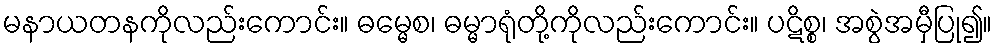
မနာယတနကိုလည်းကောင်း။ ဓမ္မေစ၊ ဓမ္မာရုံတို့ကိုလည်းကောင်း။ ပဋိစ္စ၊ အစွဲအမှီပြု၍။